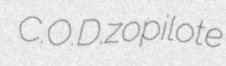
C.O.D. zopilote